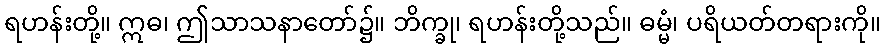
ရဟန်းတို့။ ဣဓ၊ ဤသာသနာတော်၌။ ဘိက္ခု၊ ရဟန်းတို့သည်။ ဓမ္မံ၊ ပရိယတ်တရားကို။